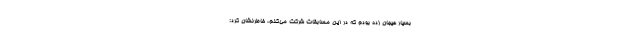
بسیار هیجان زده بودم که در این مسابقات شرکت می‌کنم، خاطرنشان کرد: